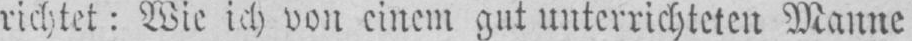
richtet: Wie ich von einem gut unterrichteten Manne